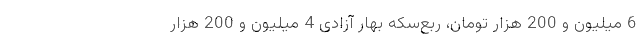
6 میلیون و 200 هزار تومان، ربع‌سکه بهار آزادی 4 میلیون و 200 هزار